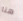
هنا